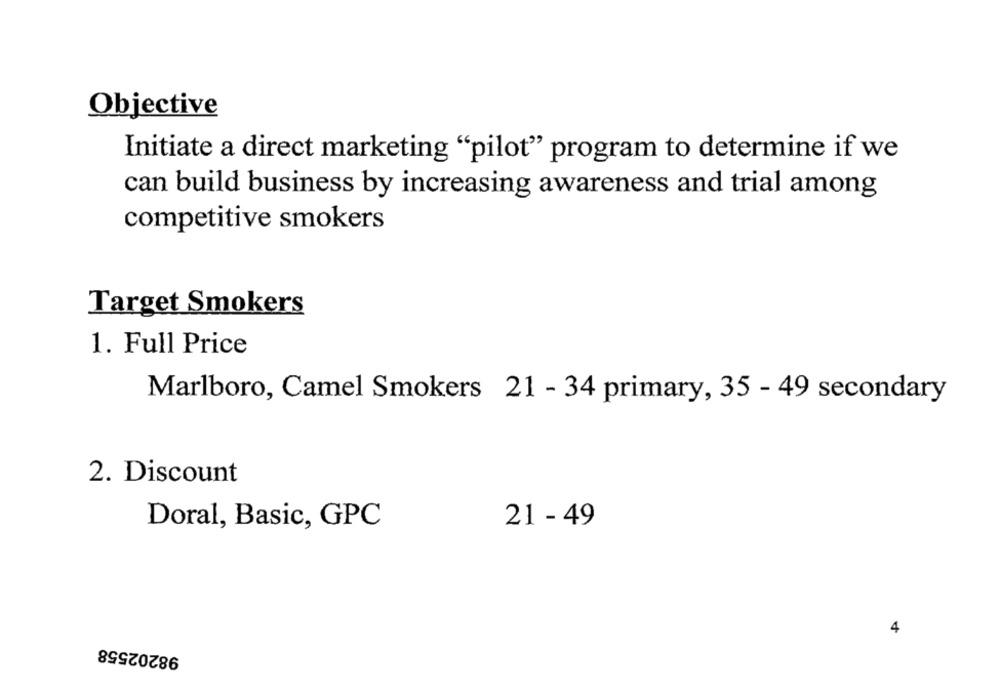
Objective
Initiate a direct marketing "pilot" program to determine if we
can build business by increasing awareness and trial among
competitive smokers
Target Smokers
1. Full Price
Marlboro, Camel Smokers 21 - 34 primary, 35 - 49 secondary
2. Discount
Doral, Basic, GPC
21 - 49
4
98202558